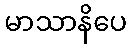
မာသာနိပေ